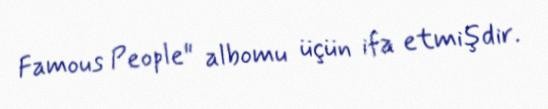
Famous People" albomu üçün ifa etmişdir.